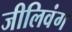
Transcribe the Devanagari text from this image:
जीलिवंग